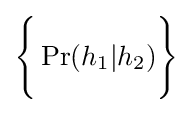
{\Bigg \{}\Pr(h_{1}|h_{2}){\Bigg \}}